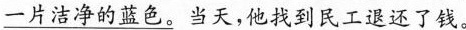
\underline{一片洁净的蓝色。 }当天，他找到民工退还了钱。